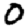
Digit: 0